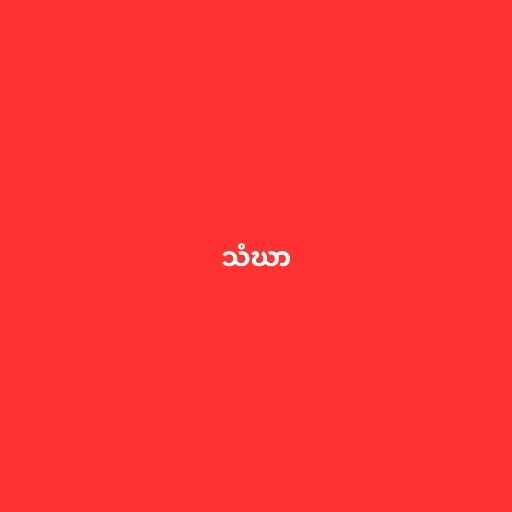
သံဃာ